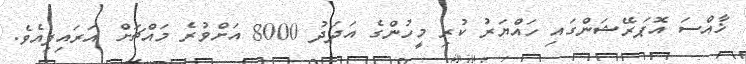
ޚާއްސަ އޮޕަރޭޝަންގައި ހައްޔަރު ކުރި މީހުންގެ އަދަދު 8000 އަށްވުރެ މައްޗަށް އަރައިފިއެވެ.